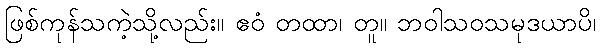
ဖြစ်ကုန်သကဲ့သို့လည်း။ ဧဝံ တထာ၊ တူ။ ဘဝါသဝသမုဒယာပိ၊